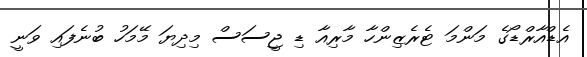
އެޑްއާރްޑޯގެ މަންމަ ޓެރެޒިންހާ މާރިއާ ޑި ޖީސަސް މިދިޔަ މޭމަހު ބުނެފައި ވަނީ